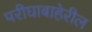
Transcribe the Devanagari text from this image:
परीघाबाहेरील